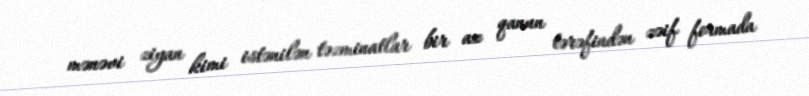
mənəvi ziyan kimi istənilən təzminatlar bir az qanun tərəfindən zəif formada